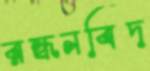
রন্ধনবিদ